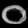
Digit: ၀